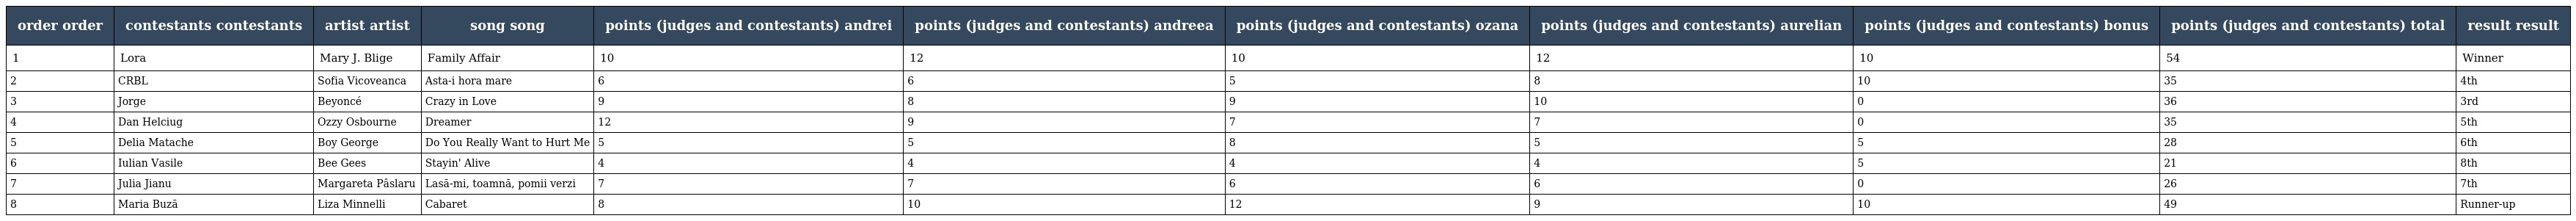
| order order | contestants contestants | artist artist | song song | points (judges and contestants) andrei | points (judges and contestants) andreea | points (judges and contestants) ozana | points (judges and contestants) aurelian | points (judges and contestants) bonus | points (judges and contestants) total | result result |
 | --- | --- | --- | --- | --- | --- | --- | --- | --- | --- | --- |
 | 1 | Lora | Mary J. Blige | Family Affair | 10 | 12 | 10 | 12 | 10 | 54 | Winner |
 | 2 | CRBL | Sofia Vicoveanca | Asta-i hora mare | 6 | 6 | 5 | 8 | 10 | 35 | 4th |
 | 3 | Jorge | Beyoncé | Crazy in Love | 9 | 8 | 9 | 10 | 0 | 36 | 3rd |
 | 4 | Dan Helciug | Ozzy Osbourne | Dreamer | 12 | 9 | 7 | 7 | 0 | 35 | 5th |
 | 5 | Delia Matache | Boy George | Do You Really Want to Hurt Me | 5 | 5 | 8 | 5 | 5 | 28 | 6th |
 | 6 | Iulian Vasile | Bee Gees | Stayin' Alive | 4 | 4 | 4 | 4 | 5 | 21 | 8th |
 | 7 | Julia Jianu | Margareta Pâslaru | Lasă-mi, toamnă, pomii verzi | 7 | 7 | 6 | 6 | 0 | 26 | 7th |
 | 8 | Maria Buză | Liza Minnelli | Cabaret | 8 | 10 | 12 | 9 | 10 | 49 | Runner-up |